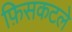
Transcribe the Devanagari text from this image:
फ़िसकटले